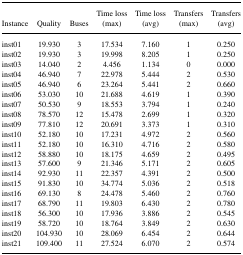
|  |  |  | Time loss | Time loss | Transfers | Transfers |
 | Instance | Quality | Buses | (max) | (avg) | (max) | (avg) |
 | --- | --- | --- | --- | --- | --- | --- |
 | inst01 | 19.930 | 3 | 17.534 | 7.160 | 1 | 0.250 |
 | inst02 | 19.930 | 3 | 19.998 | 8.205 | 1 | 0.250 |
 | inst03 | 14.040 | 2 | 4.456 | 1.134 | 0 | 0.000 |
 | inst04 | 46.940 | 7 | 22.978 | 5.444 | 2 | 0.530 |
 | inst05 | 46.940 | 6 | 23.264 | 5.441 | 2 | 0.660 |
 | inst06 | 53.030 | 10 | 21.688 | 4.619 | 1 | 0.390 |
 | inst07 | 50.530 | 9 | 18.553 | 3.794 | 1 | 0.240 |
 | inst08 | 78.570 | 12 | 15.478 | 2.699 | 1 | 0.320 |
 | inst09 | 77.810 | 12 | 20.691 | 3.373 | 1 | 0.310 |
 | inst10 | 52.180 | 10 | 17.231 | 4.972 | 2 | 0.560 |
 | inst11 | 52.180 | 10 | 16.310 | 4.716 | 2 | 0.580 |
 | inst12 | 58.880 | 10 | 18.175 | 4.659 | 2 | 0.495 |
 | inst13 | 57.600 | 9 | 21.346 | 5.171 | 2 | 0.605 |
 | inst14 | 92.930 | 11 | 22.357 | 4.391 | 2 | 0.500 |
 | inst15 | 91.830 | 10 | 34.774 | 5.036 | 2 | 0.518 |
 | inst16 | 69.130 | 8 | 24.478 | 5.460 | 2 | 0.760 |
 | inst17 | 68.790 | 11 | 19.803 | 6.430 | 2 | 0.780 |
 | inst18 | 56.300 | 10 | 17.936 | 3.886 | 2 | 0.545 |
 | inst19 | 58.720 | 10 | 18.764 | 3.849 | 2 | 0.630 |
 | inst20 | 104.930 | 10 | 28.069 | 6.454 | 2 | 0.644 |
 | inst21 | 109.400 | 11 | 27.524 | 6.070 | 2 | 0.574 |